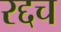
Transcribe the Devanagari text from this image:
रद्दच